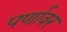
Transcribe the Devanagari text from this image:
पर्णावर